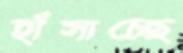
হাঁসাচ্ছে